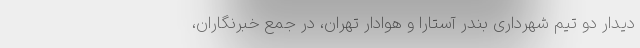
دیدار دو تیم شهرداری بندر آستارا و هوادار تهران، در جمع خبرنگاران،